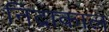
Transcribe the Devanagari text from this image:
निद्राकाल